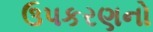
ઉપકરણનો